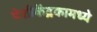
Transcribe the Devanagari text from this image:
पेशीकेंद्रकामध्ये